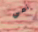
أمي